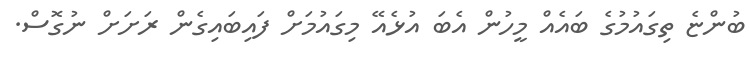
ބުންޏެ ތިގައުމުގެ ބައެއް މީހުން އެބަ އުޅެއޭ މިގައުމަށް ފައިބައިގެން ރަށަށް ނުގޮސް.